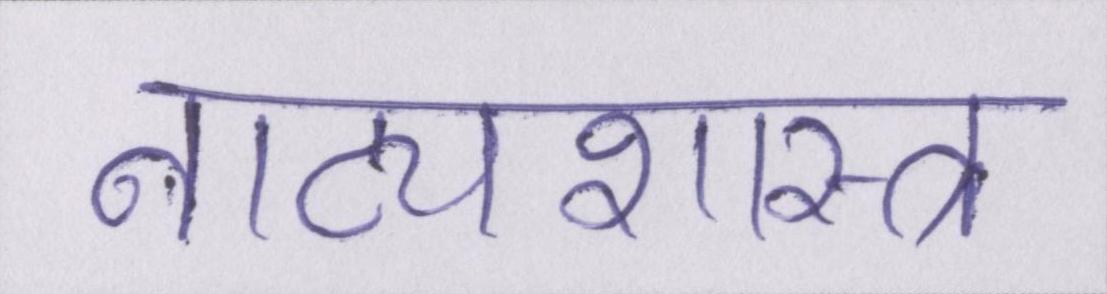
नाट्यशास्त्र